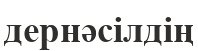
дернәсілдің